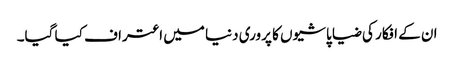
ان کے افکار کی ضیا پاشیوں کا پروری دنیا میں اعتراف کیا گیا۔